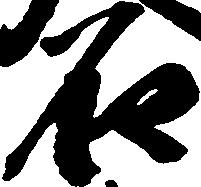
石